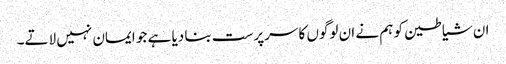
ان شیاطین کو ہم نے ان لوگوں کا سرپرست بنا دیا ہے جو ایمان نہیں لاتے۔